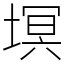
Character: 塓